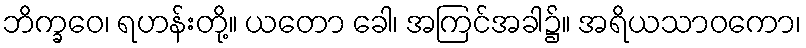
ဘိက္ခဝေ၊ ရဟန်းတို့။ ယတော ခေါ၊ အကြင်အခါ၌။ အရိယသာဝကော၊